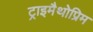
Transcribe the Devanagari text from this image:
ट्राइमैथोप्रिम